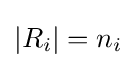
|R_{i}|=n_{i}